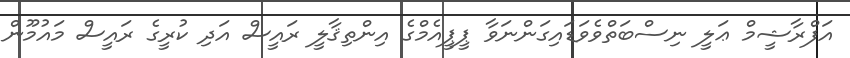
އަފްރާޝީމް ޢަލީ ނިސްބަތްވެވަޑައިގަންނަވާ ޕީޕީއެމްގެ އިންތިޤާލީ ރައީސް އަދި ކުރީގެ ރައީސް މައުމޫން